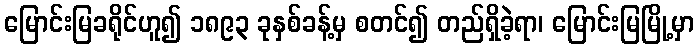
မြောင်းမြခရိုင်ဟူ၍ ၁၈၉၃ ခုနှစ်ခန့်မှ စတင်၍ တည်ရှိခဲ့ရာ၊ မြောင်းမြမြို့မှာ